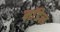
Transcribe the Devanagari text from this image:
माॅडेल